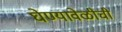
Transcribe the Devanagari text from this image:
घेण्यावेळीची